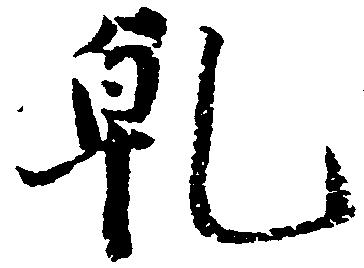
乾